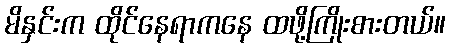
မိနှင်းက ထိုင်နေရာကနေ ထဖို့ကြိုးစားတယ်။